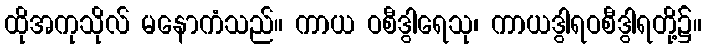
ထိုအကုသိုလ် မနောကံသည်။ ကာယ ဝစီဒွါရေသု၊ ကာယဒွါရဝစီဒွါရတို့၌။